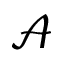
\mathcal { A }